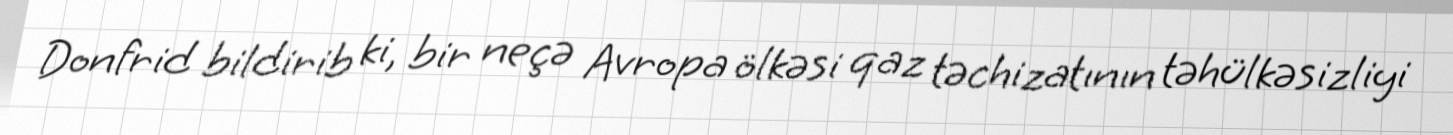
Donfrid bildirib ki, bir neçə Avropa ölkəsi qaz təchizatının təhülkəsizliyi